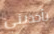
تأخذيني